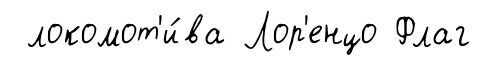
локомот'и́ва Лор'енцо Флаг